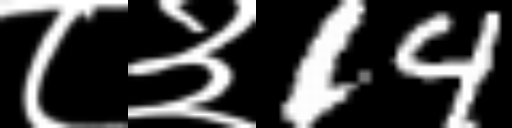
Text: ८३14